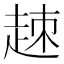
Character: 𧻕